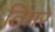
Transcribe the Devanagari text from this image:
तिमरे